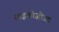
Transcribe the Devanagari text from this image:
साइफोजोआ